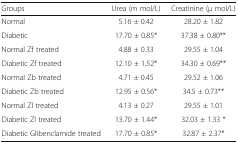
<table><thead><tr><td><b>Groups</b></td><td><b>Urea (m mol/L)</b></td><td><b>Creatinine (μ mol/L)</b></td></tr></thead><tbody><tr><td>Normal</td><td>5.16 ± 0.42</td><td>28.20 ± 1.82</td></tr><tr><td>Diabetic</td><td>17.70 ± 0.85*</td><td>37.38 ± 0.80**</td></tr><tr><td>Normal Zf treated</td><td>4.88 ± 0.33</td><td>29.55 ± 1.04</td></tr><tr><td>Diabetic Zf treated</td><td>12.10 ± 1.52*</td><td>34.30 ± 0.69**</td></tr><tr><td>Normal Zb treated</td><td>4.71 ± 0.45</td><td>29.52 ± 1.06</td></tr><tr><td>Diabetic Zb treated</td><td>12.95 ± 0.56*</td><td>34.5 ± 0.73**</td></tr><tr><td>Normal Zl treated</td><td>4.13 ± 0.27</td><td>29.55 ± 1.01</td></tr><tr><td>Diabetic Zl treated</td><td>13.70 ± 1.44*</td><td>32.03 ± 1.33 *</td></tr><tr><td>Diabetic Glibenclamide treated</td><td>17.70 ± 0.85*</td><td>32.87 ± 2.37*</td></tr></tbody></table>